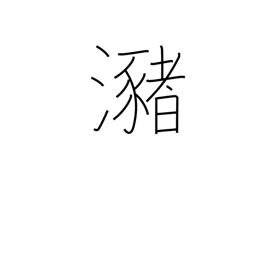
Meaning: pool